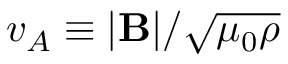
v _ { A } \equiv | { \bf B } | / \sqrt { \mu _ { 0 } \rho }